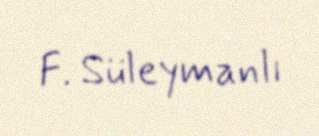
F. Süleymanlı